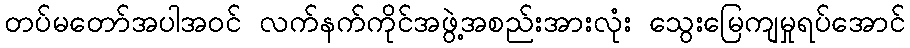
တပ်မတော်အပါအဝင် လက်နက်ကိုင်အဖွဲ့အစည်းအားလုံး သွေးမြေကျမှုရပ်အောင်